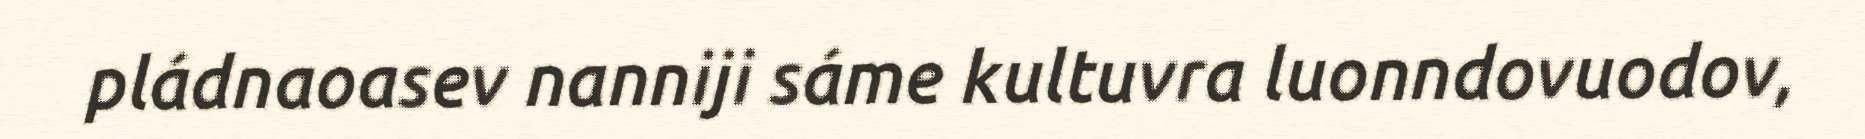
pládnaoasev nanniji sáme kultuvra luonndovuodov,